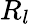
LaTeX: R_{l}